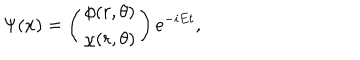
\Psi ( x ) = \left( \begin{array} { c } { { \phi ( r , \theta ) } } \\ { { \chi ( r , \theta ) } } \\ \end{array} \right) e ^ { - i E t } ,